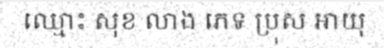
ឈ្មោះ សុខ លាង ភេទ ប្រុស អាយុ